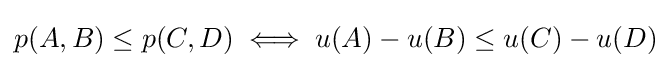
p(A,B)\leq p(C,D)\iff u(A)-u(B)\leq u(C)-u(D)